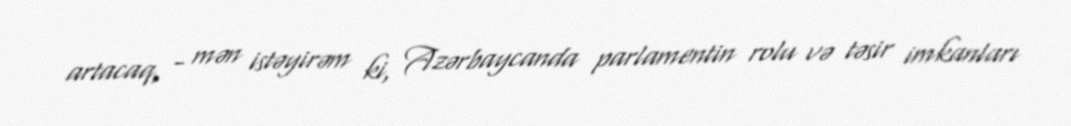
artacaq, - mən istəyirəm ki, Azərbaycanda parlamentin rolu və təsir imkanları